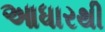
આધારથી